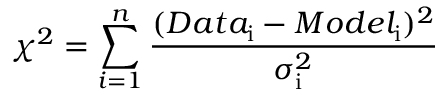
\chi ^ { 2 } = \sum _ { i = 1 } ^ { n } \frac { ( D a t a _ { \mathrm { i } } - M o d e l _ { \mathrm { i } } ) ^ { 2 } } { \sigma _ { \mathrm { i } } ^ { 2 } }